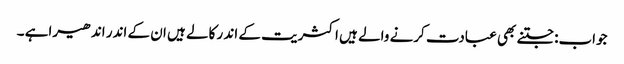
جواب:جتنے بھی عبادت کرنے والے ہیں اکثریت کے اند ر کالے ہیں ان کے اندر اندھیراہے ۔